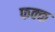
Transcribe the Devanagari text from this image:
फक्क